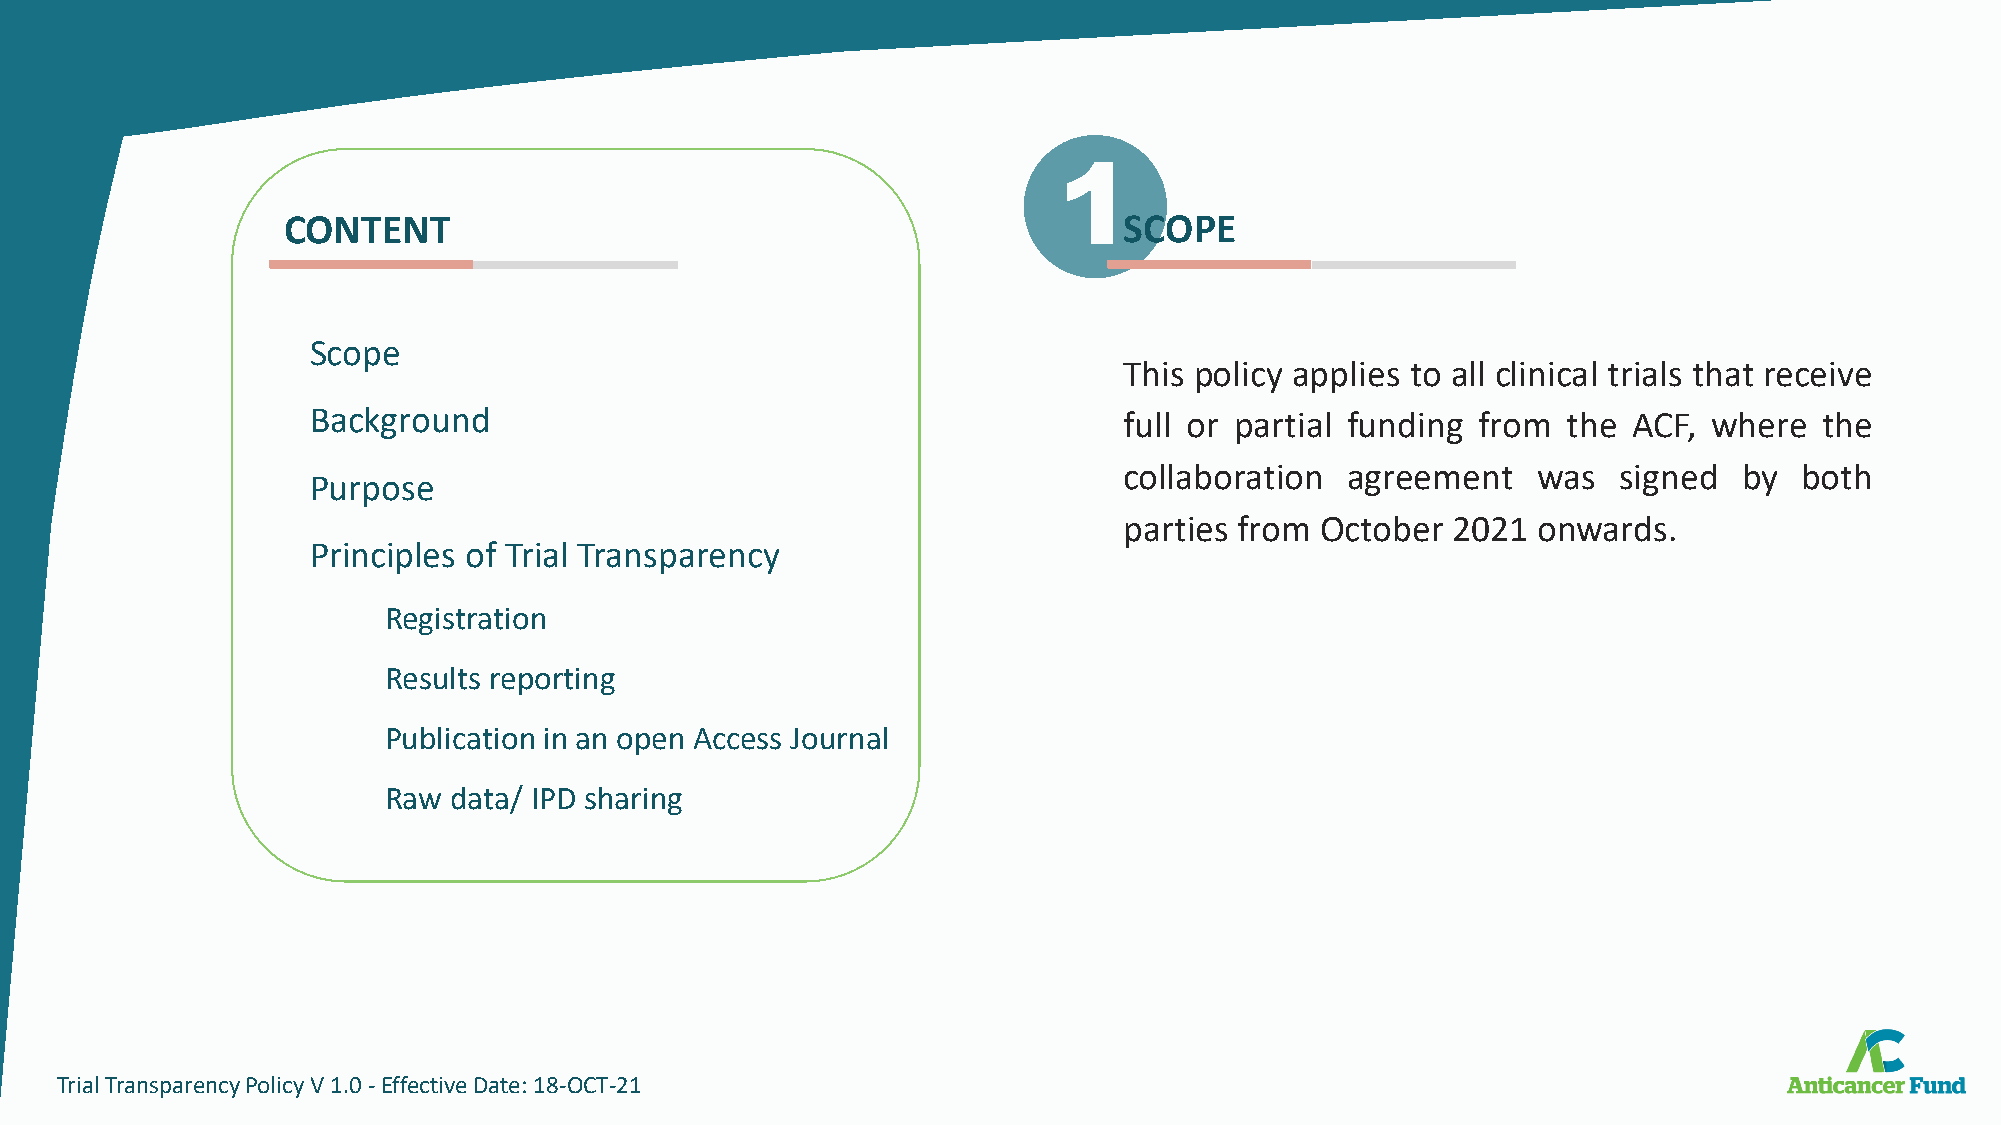
1
 CONTENT                                                SCOPE
 Scope
 This policy applies to all clinical trials that receive
 Background                                           full or partial funding from  the ACF, where   the
 collaboration  agreement    was  signed  by  both
 Purpose
 parties from October  2021  onwards.
 Principles of Trial Transparency
 Registration
 Results reporting
 Publication in an open Access Journal
 Raw  data/ IPD sharing
 TrialTransparencyPolicyV1.0-EffectiveDate:18-OCT-21